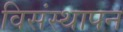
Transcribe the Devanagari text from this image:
विसंस्थापन